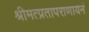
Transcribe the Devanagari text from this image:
श्रीमत्प्रतापराणायनं